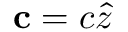
\mathbf { c } = c \hat { z }